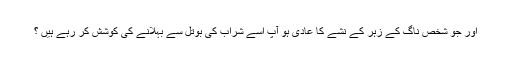
اور جو شخص ناگ کے زہر کے نشے کا عادی ہو آپ اُسے شراب کی بوتل سے بہلانے کی کوشش کر رہے ہیں ؟